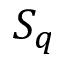
S _ { q }